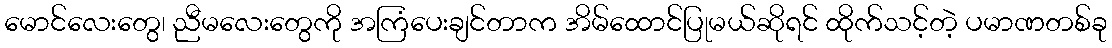
မောင်လေးတွေ၊ ညီမလေးတွေကို အကြံပေးချင်တာက အိမ်ထောင်ပြုမယ်ဆိုရင် ထိုက်သင့်တဲ့ ပမာဏတစ်ခု